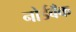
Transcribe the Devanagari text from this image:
नोर्डबँक